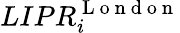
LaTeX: LIPR_{i}^{\mathrm{~L~o~n~d~o~n~}}